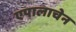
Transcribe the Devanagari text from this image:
एपालाचेन